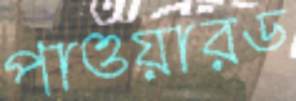
পাওয়ারড